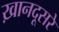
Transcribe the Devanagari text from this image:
ख़ानदूसरे